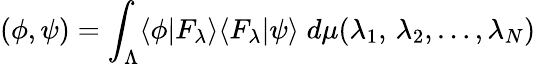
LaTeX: \left(\phi,\psi\right)=\int_{\Lambda}\langle\phi|F_{\lambda}\rangle\langle F_{\lambda}|\psi\rangle\; d\mu(\lambda_{1},\, \lambda_{2},\dots,\lambda_{N})